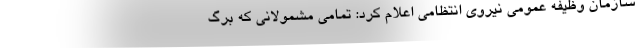
سازمان وظیفه عمومی نیروی انتظامی اعلام کرد: تمامی مشمولانی که برگ